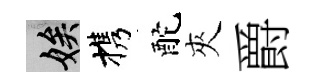
娭携酡夾爵